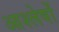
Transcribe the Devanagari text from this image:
आश्लेषों